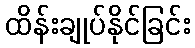
ထိန်းချုပ်နိုင်ခြင်း